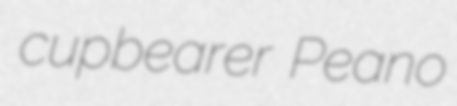
cupbearer Peano